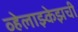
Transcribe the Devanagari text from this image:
व्हेलाझ्केझची